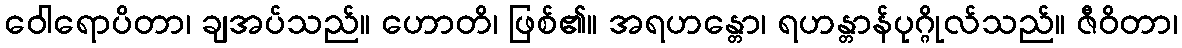
ဝေါရောပိတာ၊ ချအပ်သည်။ ဟောတိ၊ ဖြစ်၏။ အရဟန္တော၊ ရဟန္တာန်ပုဂ္ဂိုလ်သည်။ ဇီဝိတာ၊